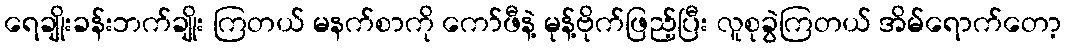
ရေချိုးခန်းဘက်ချိုး ကြတယ် မနက်စာကို ကော်ဖီနဲ့ မုန့်ဗိုက်ဖြည့်ပြီး လူစုခွဲကြတယ် အိမ်ရောက်တော့